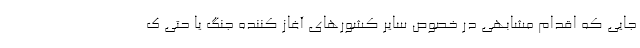
جایی که اقدام مشابهی در خصوص سایر کشورهای آغاز کننده جنگ یا حتی ک